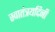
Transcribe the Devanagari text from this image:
स्वातंत्रयदिनी